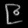
Digit: ၉